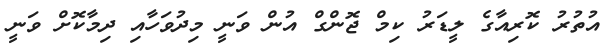
އުތުރު ކޮރިއާގެ ލީޑަރު ކިމް ޖޮންގް އުން ވަނީ މިދުވަހާއި ދިމާކޮށް ވަނީ